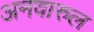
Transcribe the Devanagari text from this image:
अनवारुल